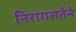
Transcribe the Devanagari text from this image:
निरागसतेने